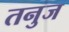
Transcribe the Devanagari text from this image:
तनुज